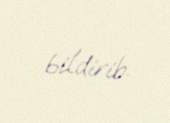
bildirib.